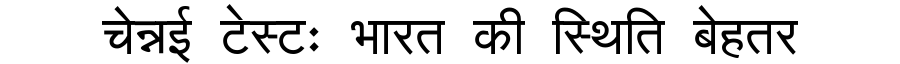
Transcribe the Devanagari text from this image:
चेन्नई टेस्टः भारत की स्थिति बेहतर